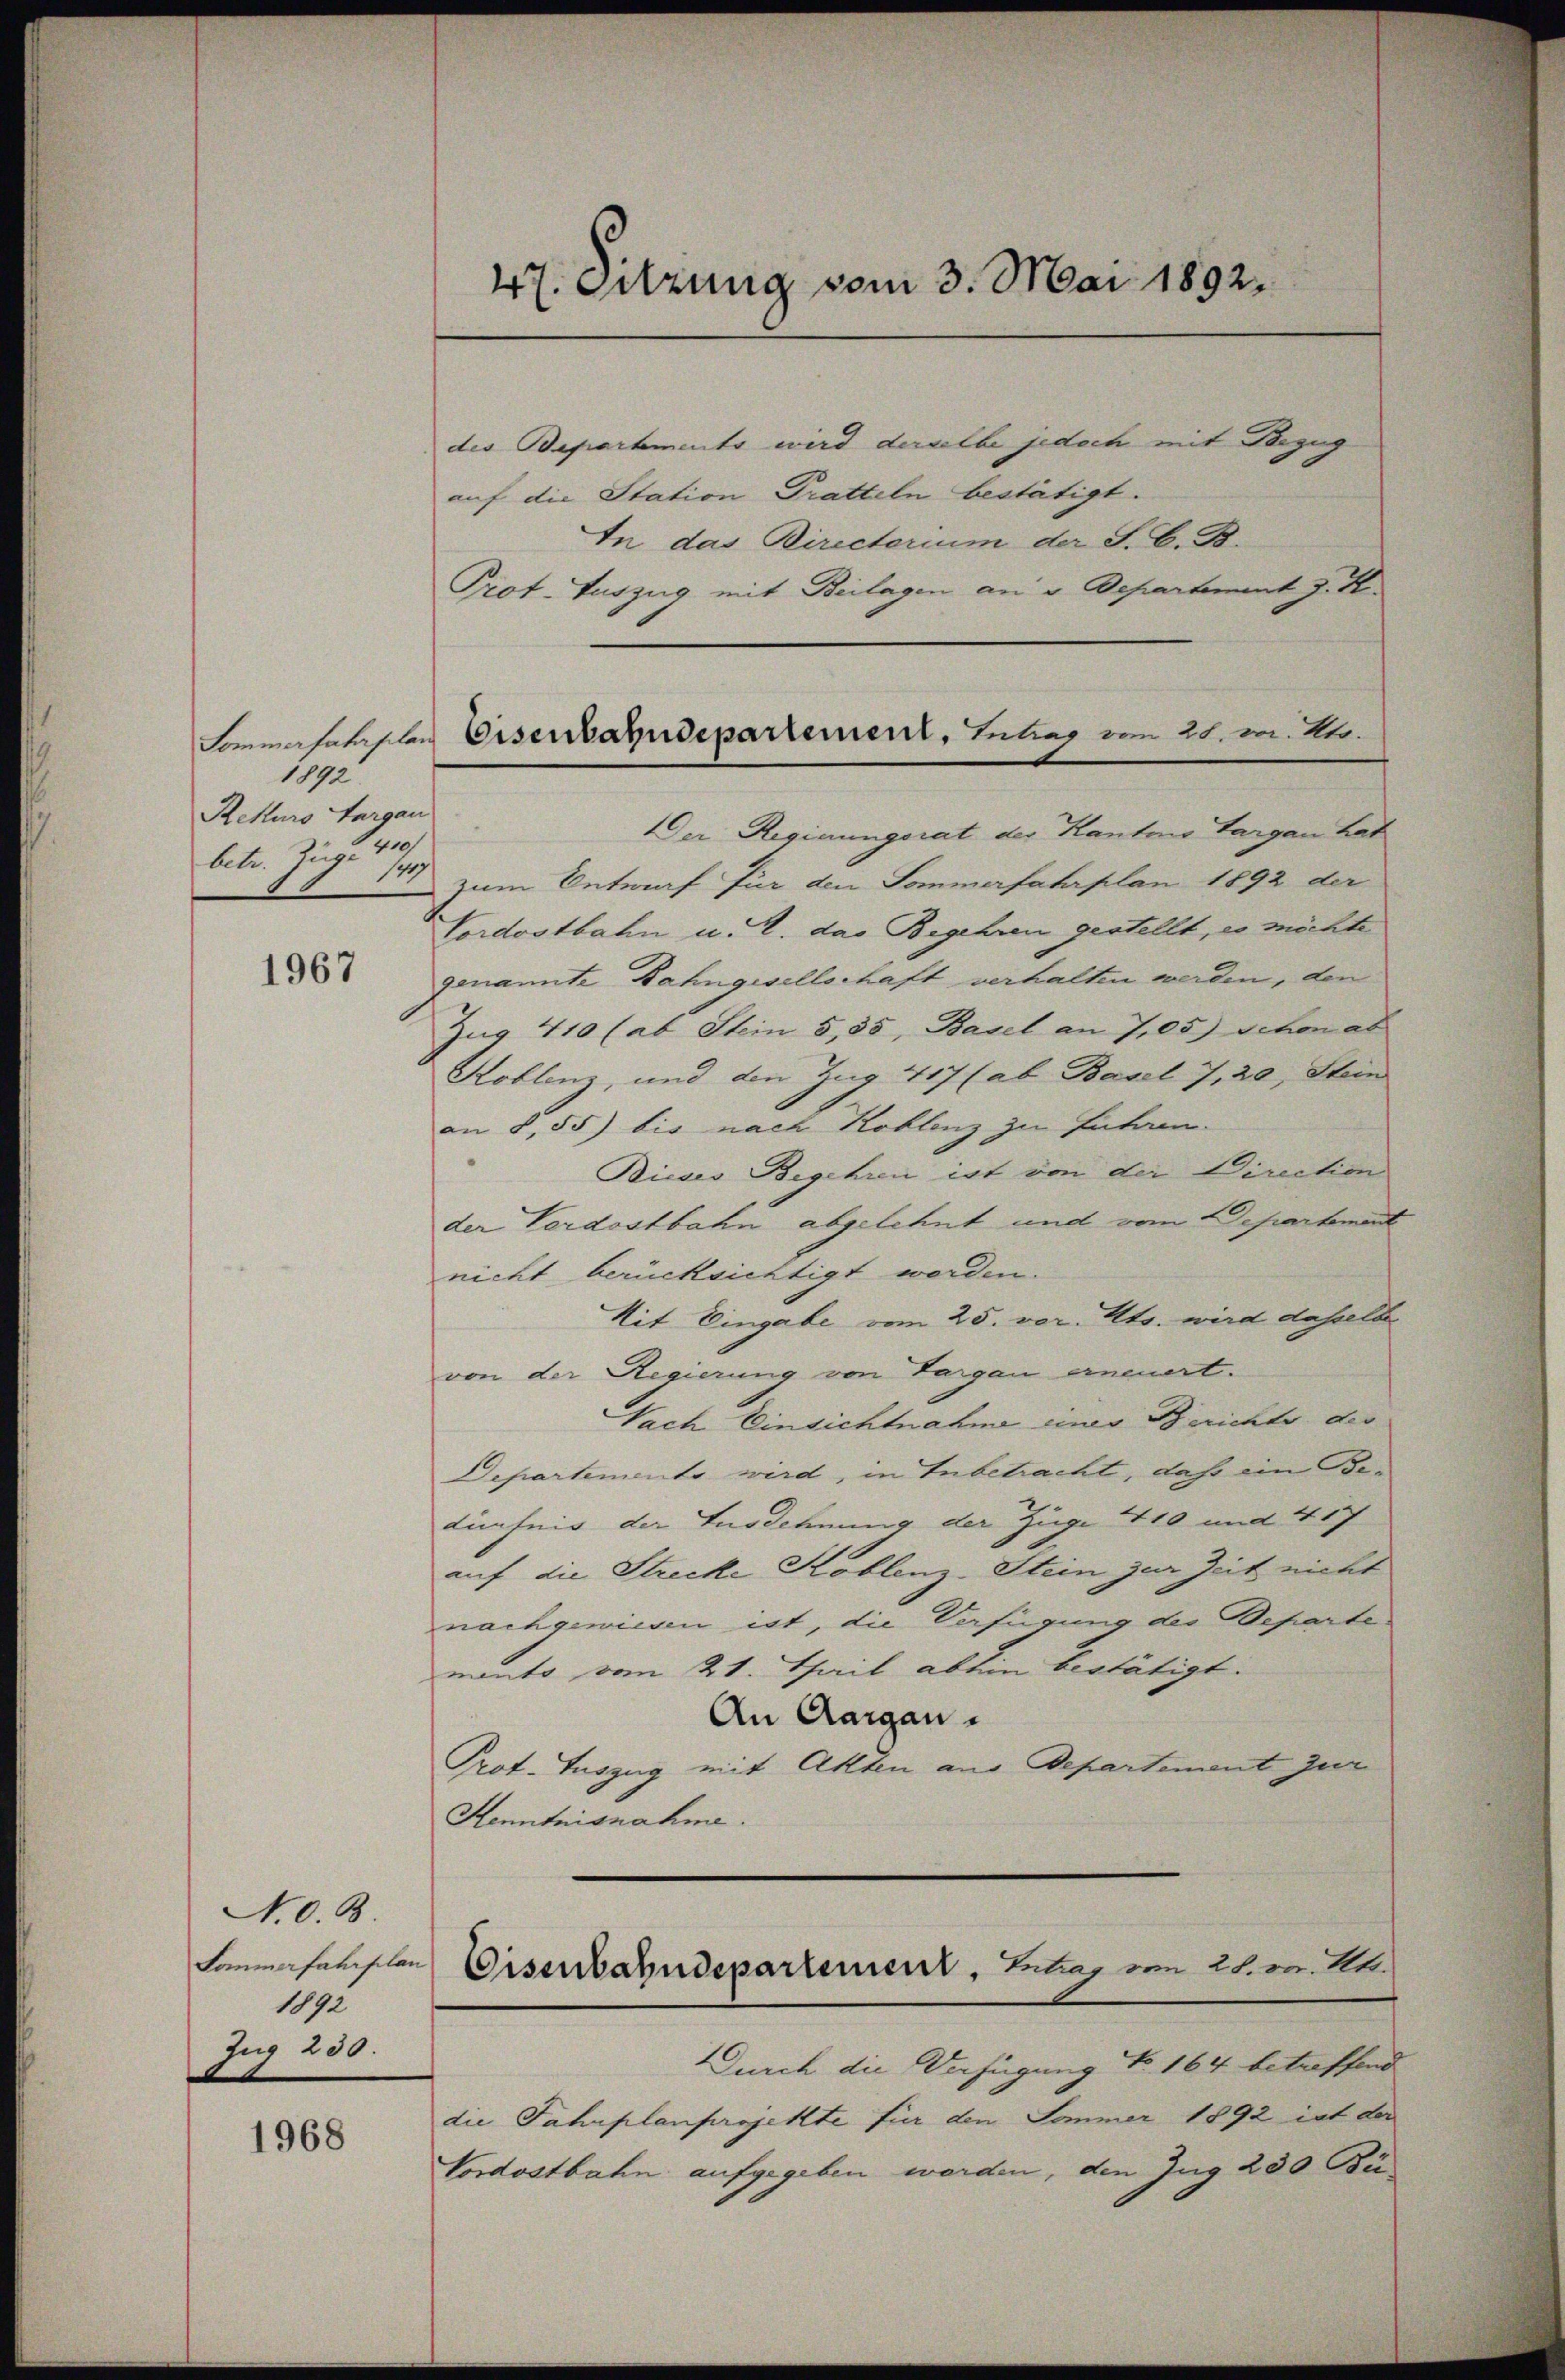
1892
Rekurs Furgau
betr. Zug. 10
1417

1967

N. O. B.
Sommerfahrplan
1892
Zug 230.

1968

47. Sitzung vom 3. Mai 1892.

des Departements wird derselbe jedoch mit Bezug
auf die Station Tratteln bestätigt.
In das Directerium der S. C. B.
Prot. Auszug mit Beilagen an v. Departement z. B.
Der Regierungsrat der Kantons Aargau hat
zum Antraf für den Sommerfahrplan 1892 der
Vordostbahn u. R. das Begehren gestellt, es möchte
genannte Bahngesellschaft verhalten werden, den
Zug 410 (ab Stein 5, 35, Basel an 7,05) schon ab
Koblenz, und den Zug 417 (ab. Basel 7, 20, Stein
an 8,55) bis nach Koblenz zu Entam-
Bieses Begehren ist von der Direction
der Verdostbahn abgelehnt und vom Departement
nicht berücksichtigt werden.
Mit Eingabe vom 25. vor. Mts. wird dasselbe
von der Regierung von Targau erneuert.
Nach Einsichtnahme eines Berichte des
Departemento wird, in Inbetracht, daß ein Betunfeis der Ausdehnung der Züge 110 und 417
auf die Strecke Koblenz-Stein zur Zeit nicht
nachgewiesen ist, die Verfügung des Departe
nants vom 21. Thail abhin bestätigt.
An Aargau.
Prof. Tuszug mit Akten aus Departement zur
Kenntnisnahme.
Durch die Verfügung No. 164 betreffend
die Fahrplanprojekte für den Sommer 1892 ist der
Vordostbahn aufgegeben werden, den Zug 230 Bü-

Lormalatasten Eisenbahndepartement, Intrag vom 28. von Kts.

Eisenbahndepartement, Entar vom 28. v. U.